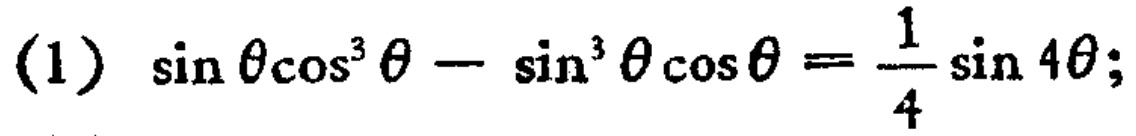
\((1)\ \sin\theta\cos^{3}\theta - \sin^{3}\theta\cos\theta=\frac{1}{4}\sin4\theta;\)